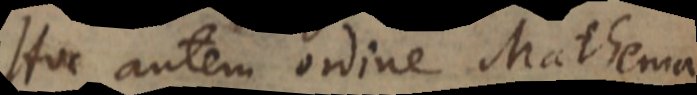
Hoc autem ordine Mathematicas